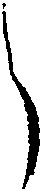
う